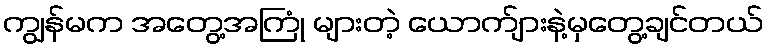
ကျွန်မက အတွေ့အကြုံ များတဲ့ ယောက်ျားနဲ့မှတွေ့ချင်တယ်